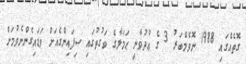
ގޮތެއްގައި 1988 ނޮވެމްބަރު 3 ގެ ޢުދުވާނީ ޙަމަލާގެ ވަގުތުގައި ސިފައިންގެއަށް ވަޑައިގެންނެވުމަށް